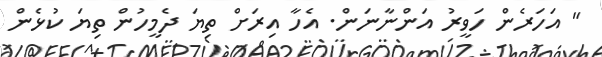
" އަހަރެން ހަވީރު އަންނާނަން. އެހާ އިރަށް ތިޔަ ދެމީހުން ތިޔަ ކުޅެން